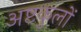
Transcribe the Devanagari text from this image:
अष्टकुलों